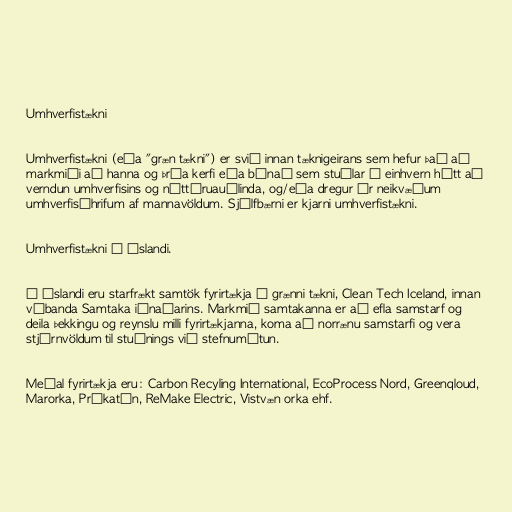
Umhverfistækni

Umhverfistækni (eða "græn tækni") er svið innan tæknigeirans sem hefur það að
markmiði að hanna og þróa kerfi eða búnað sem stuðlar á einhvern hátt að
verndun umhverfisins og náttúruauðlinda, og/eða dregur úr neikvæðum
umhverfisáhrifum af mannavöldum. Sjálfbærni er kjarni umhverfistækni.

Umhverfistækni á Íslandi.

Á Íslandi eru starfrækt samtök fyrirtækja í grænni tækni, Clean Tech Iceland, innan
vébanda Samtaka iðnaðarins. Markmið samtakanna er að efla samstarf og
deila þekkingu og reynslu milli fyrirtækjanna, koma að norrænu samstarfi og vera
stjórnvöldum til stuðnings við stefnumótun.

Meðal fyrirtækja eru: Carbon Recyling International, EcoProcess Nord, Greenqloud,
Marorka, Prókatín, ReMake Electric, Vistvæn orka ehf.